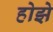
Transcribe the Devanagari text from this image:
होझे